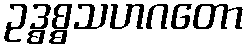
ဥဒ္ဓစ္စသဟဂတော